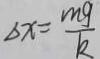
\Delta x = \frac { m g } { k }